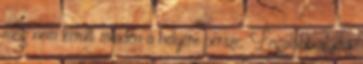
még nem került minden a helyére persze. Legalább aludni